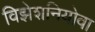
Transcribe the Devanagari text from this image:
विझेशनियोवा